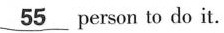
\underline{55}person to do it.